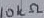
Text: 10kΩ